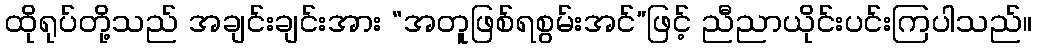
ထိုရုပ်တို့သည် အချင်းချင်းအား “အတူဖြစ်ရစွမ်းအင်”ဖြင့် ညီညာယိုင်းပင်းကြပါသည်။